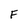
Character: F